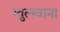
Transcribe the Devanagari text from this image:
खुलवाना